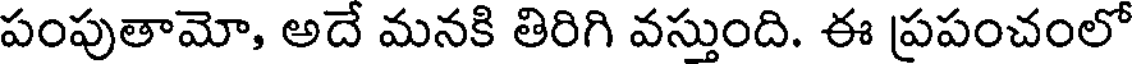
పంపుతామో, అదే మనకి తిరిగి వస్తుంది. ఈ ప్రపంచంలో